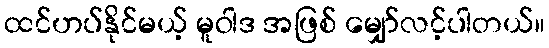
ထင်ဟပ်နိုင်မယ့် မူဝါဒ အဖြစ် မျှော်လင့်ပါတယ်။